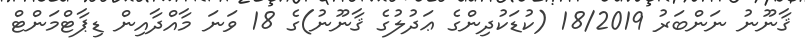
ޤާނޫނު ނަންބަރު 18/2019 (ކުޑަކުދިންގެ ޢަދުލުގެ ޤާނޫނު)ގެ 18 ވަނަ މާއްދާއިން ޑިޕާޓްމަންޓް